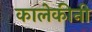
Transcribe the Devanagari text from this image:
कालेकीनी